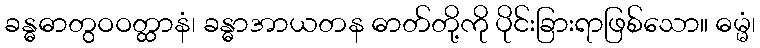
ခန္ဓဓာတွဝဝတ္ထာနံ၊ ခန္ဓာအာယတန ဓာတ်တို့ကို ပိုင်းခြားရာဖြစ်သော။ ဓမ္မံ၊